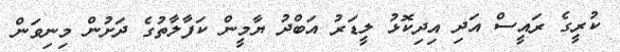
ކުރީގެ ރައީސް އަދި އިދިކޮޅު ލީޑަރު އަބްދު ޔާމީން ކަފާލާތުގެ ދަށުން މިނިވަން